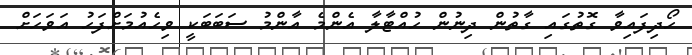
ހޯދިފައިވާ ގޮތުގައި ގާތުން ދިނުން ހުއްޓާލާ އެންމެ އާންމު ސަބަބަކީ ވިހެއުމަށްފަހު އަވަހަށް